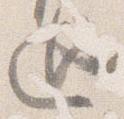
廻